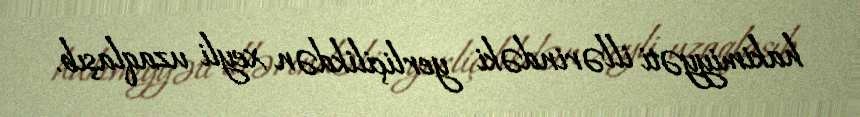
hakimiyyəti illərindəki yerliçilikdən xeyli uzaqlaşıb.